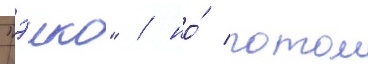
"эико" / но́ потом